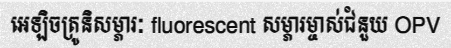
អេឡិចត្រូនិសម្ភារៈ fluorescent សម្ភារម្ចាស់ជំនួយ OPV